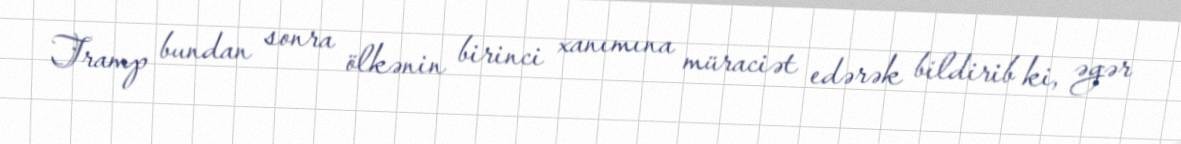
Tramp bundan sonra ölkənin birinci xanımına müraciət edərək bildirib ki, əgər